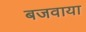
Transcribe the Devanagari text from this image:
बजवाया